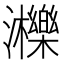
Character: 𤄿